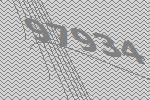
97934